Indian journal of veterinary science and animal husbandry - Volumes 15-17, 1948-1951
Year: 1948
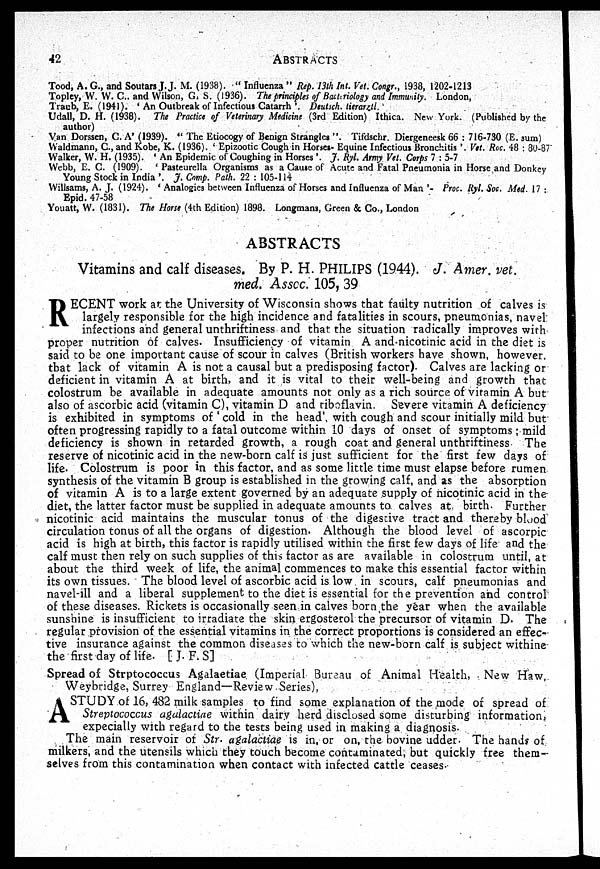
42
ABSTRACTS
Tood, A. G., and Soutars J. J. M. (1938). " Influenza " Rep. 13th Int. Vet. Congr., 1938, 1202-1213
Topley, W. W. C., and Wilson, G. S. (1936). The principles of Bacteriology and Immunity. London,
Traub, E. (1941). ' An Outbreak of Infectious Catarrh '. Deutsch. tierarztl.
Udall, D. H. (1938). The Practice of Veterinary Medicine (3rd Edition) Ithica. New York. (Published by the
author)
Van Dorssen, C. A' (1939). " The Etiocogy of Benign Strangles ". Tifdschr. Diergeneesk 66 : 716-730 (E. sum)
Waldmann, C., and Kobe, K. (1936). ' Epizootic Cough in Horses- Equine Infectious Bronchitis '. Vet. Rec. 48 : 80-87
Walker, W. H. (1935). ' An Epidemic of Coughing in Horses '. J. Ryl. Army Vet. Corps 7 : 5-7
Webb, E. C. (1909). ' Pasteurella Organisms as a Cause of Acute and Fatal Pneumonia in Horse and Donkey
Young Stock in India '. J. Comp. Path. 22 : 105-114
Willsams, A. J. (1924). ' Analogies between Influenza of Horses and Influenza of Man '- Proc. Ryl. Soc. Med. 17 :
Epid. 47-58
Youatt, W. (1831). The Horse (4th Edition) 1898. Longmans, Green & Co., London
ABSTRACTS
Vitamins and calf diseases. By P. H. PHILIPS (1944). J. Amer. vet.
med. Assoc. 105, 39
R ECENT work at the University of Wisconsin shows that faulty nutrition of calves is
largely responsible for the high incidence and fatalities in scours, pneumonias, navel
infections and general unthriftiness and that the situation radically improves with
proper nutrition of calves. Insufficiency of vitamin A and nicotinic acid in the diet is
said to be one important cause of scour in calves (British workers have shown, however,
that lack of vitamin A is not a causal but a predisposing factor). Calves are lacking or
deficient in vitamin A at birth, and it is vital to their well-being and growth that
colostrum be available in adequate amounts not only as a rich source of vitamin A but
also of ascorbic acid (vitamin C), vitamin D and riboflavin. Severe vitamin A deficiency
is exhibited in symptoms of ' cold in the head' with cough and scour initially mild but
often progressing rapidly to a fatal outcome within 10 days of onset of symptoms ; mild
deficiency is shown in retarded growth, a rough coat and general unthriftiness. The
reserve of nicotinic acid in the new-born calf is just sufficient for the first few days of
life. Colostrum is poor in this factor, and as some little time must elapse before rumen
synthesis of the vitamin B group is established in the growing calf, and as the absorption
of vitamin A is to a large extent governed by an adequate supply of nicotinic acid in the
diet, the latter factor must be supplied in adequate amounts to calves at birth. Further
nicotinic acid maintains the muscular tonus of the digestive tract and thereby blood
circulation tonus of all the organs of digestion. Although the blood level of ascorpic
acid is high at birth, this factor is rapidly utilised within the first few days of life and the
calf must then rely on such supplies of this factor as are available in colostrum until, at
about the third week of life, the animal commences to make this essential factor within
its own tissues. The blood level of ascorbic acid is low in scours, calf pneumonias and
navel-ill and a liberal supplement to the diet is essential for the prevention and control
of these diseases. Rickets is occasionally seen in calves born the year when the available
sunshine is insufficient to irradiate the skin ergosterol the precursor of vitamin D. The
regular provision of the essential vitamins in the correct proportions is considered an effec-
tive insurance against the common diseases to which the new-born calf is subject withine
the first day of life. [ J. F. S]
Spread of Strptococcus Agalaetiae (Imperial Bureau of Animal Health, New Haw,
Weybridge, Surrey England—Review Series),
A STUDY of 16, 482 milk samples to find some explanation of the mode of spread of
Streptococcus agalactiae within dairy herd disclosed some disturbing information,
expecially with regard to the tests being used in making a diagnosis.
The main reservoir of Str. agalactiae is in, or on, the bovine udder. The hands of
milkers, and the utensils which they touch become contaminated, but quickly free them-
selves from this contamination when contact with infected cattle ceases.